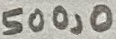
Text: 500,0